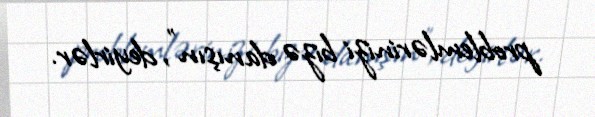
problemlərinizi bizə danışın”, deyirlər.